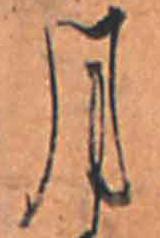
月